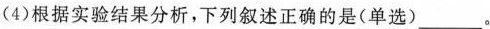
(4)根据实验结果分析，下列叙述正确的是(单选)___。